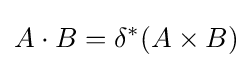
A\cdot B=\delta ^{*}(A\times B)